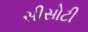
સીસોટી